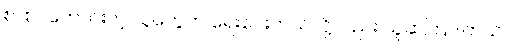
စာစပ်ကောင်းတဲ့ သူတွေက ရေးပေးတယ်လို့လည်း ယူဆကြပါတယ်။